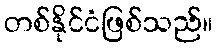
တစ်နိုင်ငံဖြစ်သည်။